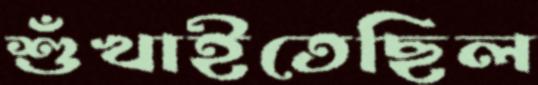
শুঁখাইতেছিল